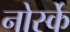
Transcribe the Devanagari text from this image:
नोर्स्के